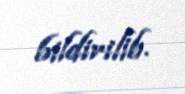
bildirilib.